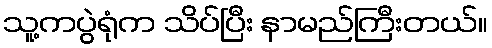
သူ့ကပွဲရုံက သိပ်ပြီး နာမည်ကြီးတယ်။